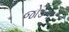
જોડના